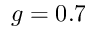
g = 0 . 7